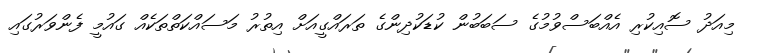
މިއަދު ސޮއިކުރި އެއްބަސްވުމުގެ ސަބަބުން ކުޑަކުދިންގެ ތަރައްގީއަށް އިތުރު މަސައްކަތްތަކެއް ގައުމީ ފެންވަރުގައި